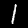
Digit: 1